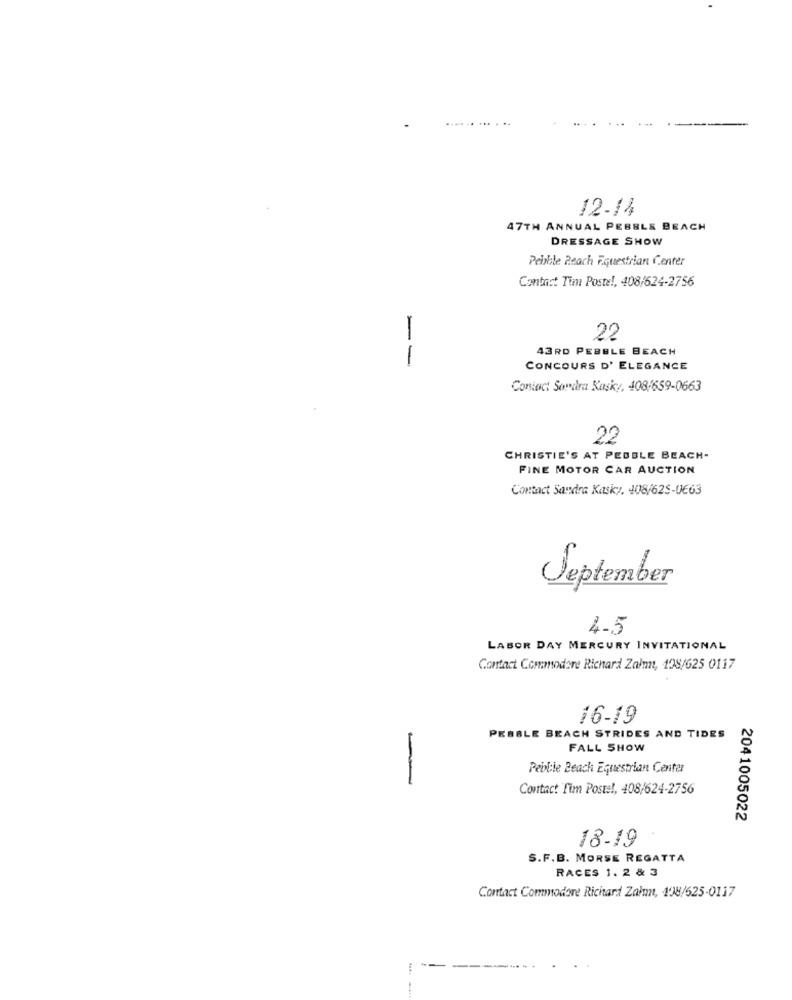
12-14
47TH ANNUAL PEBBLE BEACH
DRESSAGE SHOW
Pebble Reach Equestrian Center
Contnet Tim Poste !, 408/624-2756
22
43RD PEBBLE BEACH
--
CONCOURS D' ELEGANCE
Contact Sondra Kusky, 408/659-0663
22
CHRISTIE'S AT PEBBLE BEACH-
FINE MOTOR CAR AUCTION
Contact Sandra Kasky, 408/625-0663
September
4-5
LABOR DAY MERCURY INVITATIONAL
Contact Commodore Richard Zalmn, 198/625 0117
16-19
PEBBLE BEACH STRIDES AND TIDES
FALL SHOW
Pebble Beach Equestrian Center
-
Contact Fim Posts !, 408/624-2756
2041005022
18-19
S.F.B. MORSE REGATTA
RACES 1. 2 & 3
Contact Commodore Richard Zalum, 198/525-0117
--